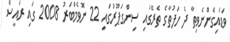
ވަޑައިގެންނެވިތާ ދެ ހަފުތާގެ ތެރޭގައި ސިންގަޕޫރުގައި 22 ނޮވެމްބަރު 2008 ގައި ރައީސް